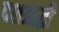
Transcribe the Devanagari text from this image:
दशऋद्धी